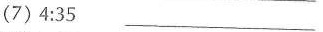
(7)4:35 ___